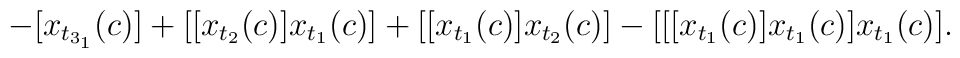
-[x_{t_{3_1}}(c)]+[[x_{t_2}(c)]x_{t_1}(c)]+[[x_{t_1}(c)]x_{t_2}(c)]-[[[x_{t_1}(c)] x_{t_1}(c)] x_{t_1}(c)].